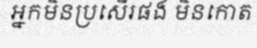
អ្នកមិនប្រសើរផង មិនកោត